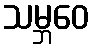
သမ္ဘဝေ